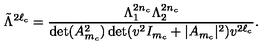
\tilde { \Lambda } ^ { 2 \ell _ { c } } = { \frac { \Lambda _ { 1 } ^ { 2 n _ { c } } \Lambda _ { 2 } ^ { 2 n _ { c } } } { \det ( A _ { m _ { c } } ^ { 2 } ) \det ( v ^ { 2 } I _ { m _ { c } } + | A _ { m _ { c } } | ^ { 2 } ) v ^ { 2 \ell _ { c } } } } .